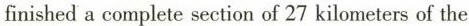
finished a complete section of 27 kilometers of the